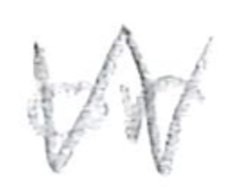
Text: or
Cross-out: zig-zag
Writing tool: pencil